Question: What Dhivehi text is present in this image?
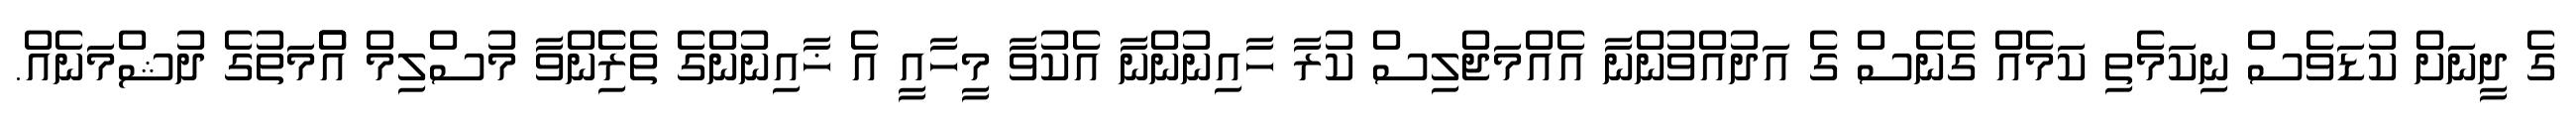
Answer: ގެ ދީނަށް ކުޑަވެސް ނިކަމެތި ކަމެއް ގެނެސް ގެ އަދުއްވުންނާ އެއްމަޖްލިސް ކުރާ ހާއިނުންނާ އެކުވާ މީހާއީ އެ ޚާއިނުންގެ ތެރެެިންވާ މުސްލިމް އުެްމަތުގެ ދުޝްމަނެއް.